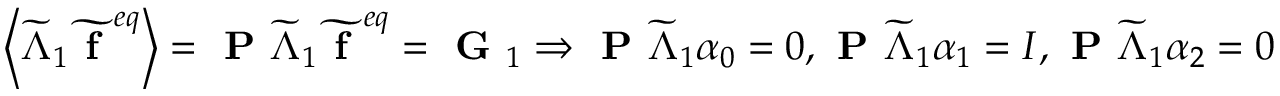
\left\langle \widetilde { \Lambda } _ { 1 } \widetilde { \textbf { f } } ^ { e q } \right\rangle = \textbf { P } \widetilde { \Lambda } _ { 1 } \widetilde { \textbf { f } } ^ { e q } = \textbf { G } _ { 1 } \Rightarrow \textbf { P } \widetilde { \Lambda } _ { 1 } \boldsymbol { \alpha } _ { 0 } = 0 , \textbf { P } \widetilde { \Lambda } _ { 1 } \boldsymbol { \alpha } _ { 1 } = I , \textbf { P } \widetilde { \Lambda } _ { 1 } \boldsymbol { \alpha } _ { 2 } = 0